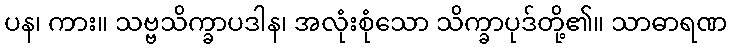
ပန၊ ကား။ သဗ္ဗသိက္ခာပဒါန၊ အလုံးစုံသော သိက္ခာပုဒ်တို့၏။ သာဓာရဏ